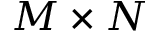
M \times N